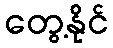
တွေ့နိုင်